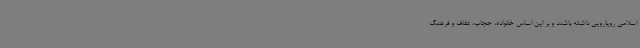
اسلامی رویارویی داشته باشند و بر این اساس خانواده، حجاب، عفاف و فرهنگ